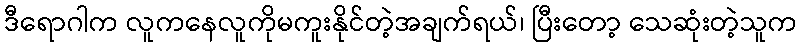
ဒီရောဂါက လူကနေလူကိုမကူးနိုင်တဲ့အချက်ရယ်၊ ပြီးတော့ သေဆုံးတဲ့သူက